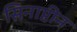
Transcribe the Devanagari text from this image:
सिनाप्टीन